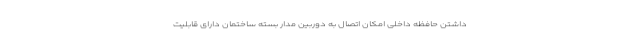
داشتن حافظه داخلی امکان اتصال به دوربین مدار بسته ساختمان دارای قابلیت